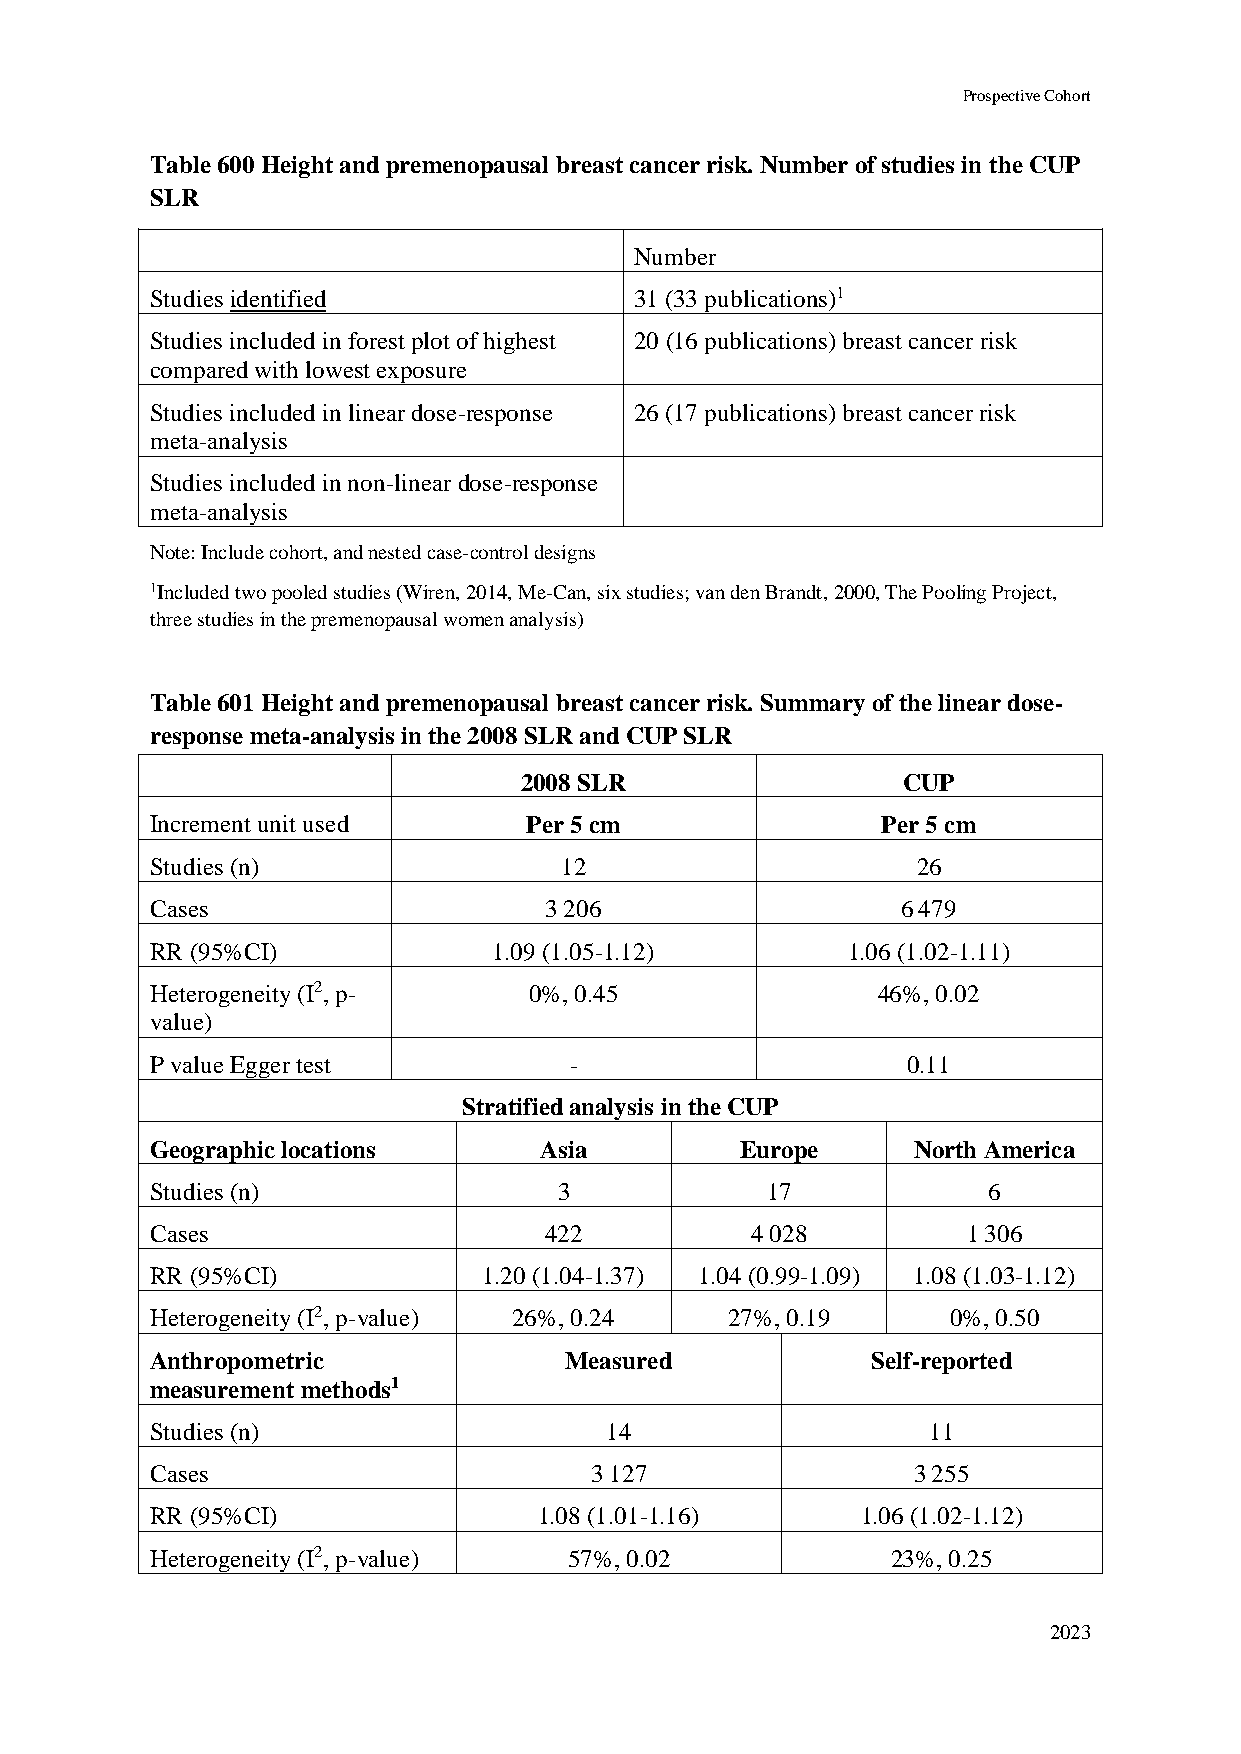
Prospective Cohort
 Table 600 Height and premenopausal breast cancer risk. Number of studies in the CUP
 SLR
 Number
 Studies identified              31 (33 publications)1
 Studies included in forest plot of highest 20 (16 publications) breast cancer risk
 compared with lowest exposure
 Studies included in linear dose-response 26 (17 publications) breast cancer risk
 meta-analysis
 Studies included in non-linear dose-response
 meta-analysis
 Note: Include cohort, and nested case-control designs
 1Included two pooled studies (Wiren, 2014, Me-Can, six studies; van den Brandt, 2000, The Pooling Project,
 three studies in the premenopausal women analysis)
 Table 601 Height and premenopausal breast cancer risk. Summary of the linear dose-
 response meta-analysis in the 2008 SLR and CUP SLR
 2008 SLR                  CUP
 Increment unit used      Per 5 cm               Per 5 cm
 Studies (n)                12                      26
 Cases                     3 206                   6 479
 RR (95%CI)             1.09 (1.05-1.12)       1.06 (1.02-1.11)
 Heterogeneity (I2, p-    0%, 0.45               46%, 0.02
 value)
 P value Egger test          -                     0.11
 Stratified analysis in the CUP
 Geographic locations      Asia         Europe     North America
 Studies (n)                3             17            6
 Cases                     422           4 028         1 306
 RR (95%CI)            1.20 (1.04-1.37) 1.04 (0.99-1.09) 1.08 (1.03-1.12)
 Heterogeneity (I2, p-value) 26%, 0.24 27%, 0.19      0%, 0.50
 Anthropometric             Measured             Self-reported
 measurement methods1
 Studies (n)                   14                    11
 Cases                        3 127                3 255
 RR (95%CI)                1.08 (1.01-1.16)     1.06 (1.02-1.12)
 Heterogeneity (I2, p-value) 57%, 0.02            23%, 0.25
 2023